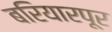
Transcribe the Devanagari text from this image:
बरियारपूर